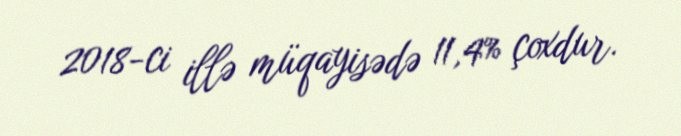
2018-ci illə müqayisədə 11,4% çoxdur.